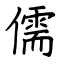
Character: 儒